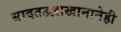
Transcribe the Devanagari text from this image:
सादतउल्लाखानानेही